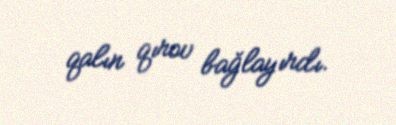
qalın qırov bağlayırdı.